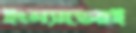
ইংল্যান্ডেরই